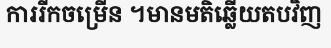
ការរីកចម្រើន ។មានមតិឆ្លើយតបវិញ